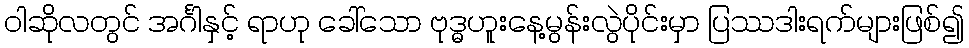
ဝါဆိုလတွင် အင်္ဂါနှင့် ရာဟု ခေါ်သော ဗုဒ္ဓဟူးနေ့မွန်းလွဲပိုင်းမှာ ပြဿဒါးရက်များဖြစ်၍